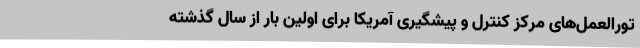
تورالعمل‌های مرکز کنترل و پیشگیری‌ آمریکا برای اولین بار از سال گذشته